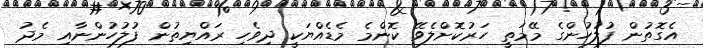
އެގޮތުން ފުލުހުންގެ މޭމަތީ ހަރުކޮށްލެވޭ ކޮންމެ މެޑެއްޔަކީ ދިވެހި ރައްޔިތުން ފުލުހުންނާއި މެދު